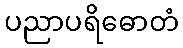
ပညာပရိဓောတံ